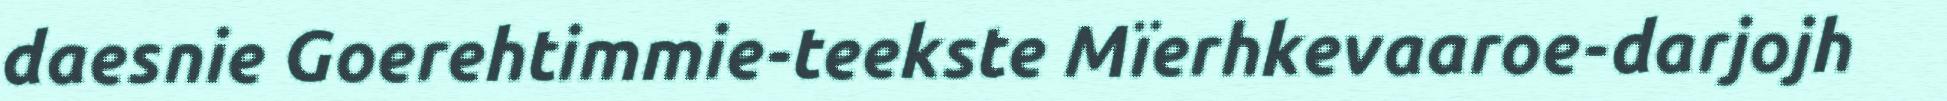
daesnie Goerehtimmie-teekste Mïerhkevaaroe-darjojh